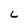
Character: L